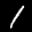
Label: 1